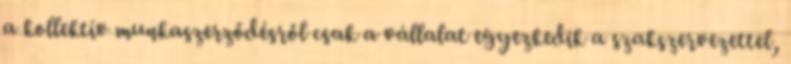
a kollektív munkaszerződésről csak a vállalat egyezkedik a szakszervezettel,